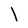
Character: l